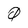
Character: 0